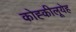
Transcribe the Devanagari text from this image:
कोह्कीलूयेह